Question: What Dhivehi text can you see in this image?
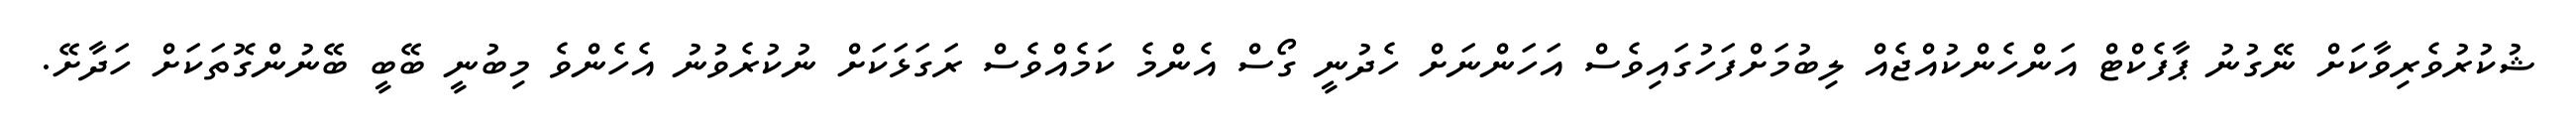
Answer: ޝުކުރުވެރިވާކަށް ނޭގުނު ޕާފެކްޓް އަންހެންކުއްޖެއް ލިބުމަށްފަހުގައިވެސް އަހަންނަށް ހެދުނީ ގޯސް އެންމެ ކަމެއްވެސް ރަގަޅަކަށް ނުކުރެވުނު އެހެންވެ މިބުނީ ބޭބީ ބޭނުންގޮތަކަށް ހަދާށޭ.